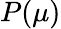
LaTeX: P(\mu)